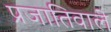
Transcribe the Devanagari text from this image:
प्रजातिवाले